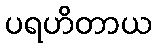
ပရဟိတာယ